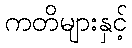
ကတိများနှင့်